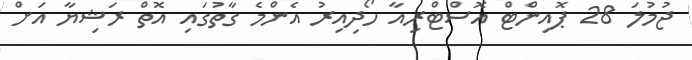
ޖުމުލަ 28 ޕޮއިންޓް އޮސްޓްރިއާ ހޯދިއިރު އެންމެ ގާތުގައި އޮތް ރަޝިޔާ އަށް